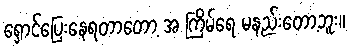
ရှောင်ပြေးနေရတာတော့ အ ကြိမ်ရေ မနည်းတော့ဘူး။